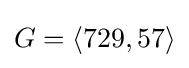
G=\langle 729,57\rangle